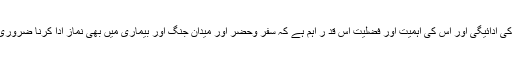
نماز کی ادائیگی اور اس کی اہمیت اور فضلیت اس قد ر اہم ہے کہ سفر وحضر اور میدان ِجنگ اور بیماری میں بھی نماز ادا کرنا ضروری ہے۔